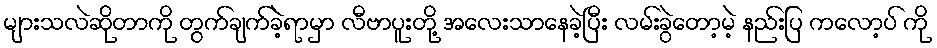
များသလဲဆိုတာကို တွက်ချက်ခဲ့ရာမှာ လီဗာပူးတို့ အလေးသာနေခဲ့ပြီး လမ်းခွဲတော့မဲ့ နည်းပြ ကလော့ပ် ကို